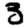
Digit: 3